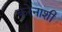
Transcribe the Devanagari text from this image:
करेेनाशी